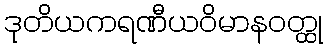
ဒုတိယကရဏီယဝိမာနဝတ္ထု